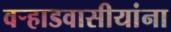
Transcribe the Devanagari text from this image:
वर्‍हाडवासीयांना